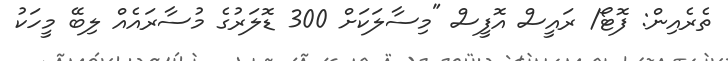
ތެރެއިން: ފޮޓޯ/ ރައީސް އޮފީސް "މިސާލަކަށް 300 ޑޮލަރުގެ މުސާރައެއް ލިބޭ މީހަކު